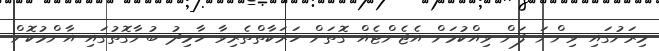
މިރަށުގައި ވިންނަ ފަން ވިއްކުމަށް އެޖެންޓެއް ގޮތަށް ހަރަކާތްތެރިވާ ހާމިދު ބުނާގޮތުގައި އާންމުކޮށް